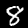
Label: 8